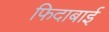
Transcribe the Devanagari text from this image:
फिदाबाई